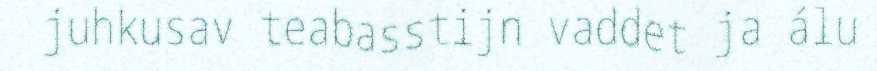
juhkusav teabasstijn vaddet ja álu